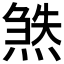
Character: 𬊹